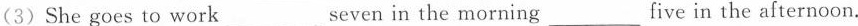
(3)She goes to work___seven in the morning___five in the afternoon.